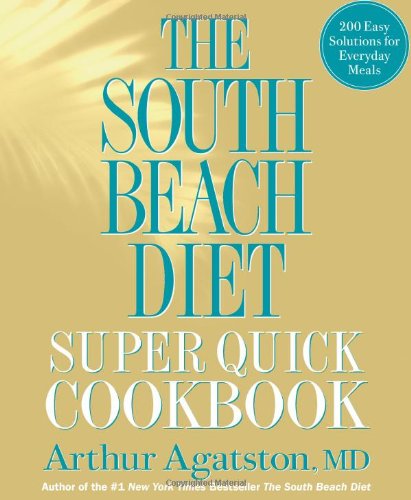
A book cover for The South Beach Diet Super Quick Cookbook: 200 Easy Solutions for Everyday Meals; Arthur Agatston; Cookbooks, Food & Wine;